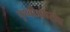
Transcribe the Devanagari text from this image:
पृथ्वीअपरोक्ष